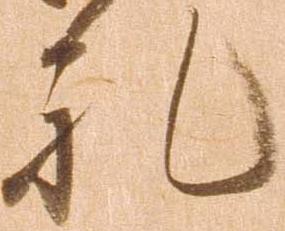
礼